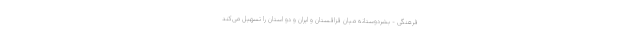
فرهنگی - بشردوستانه میان قزاقستان و ایران و دو استان را تسهیل می‌کند